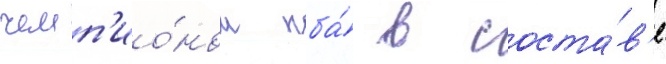
чемп'ио́ном нба́ в соста́в'е